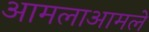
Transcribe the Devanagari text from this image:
आमलाआमले